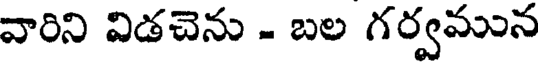
వారిని విడచెను - బల గర్వమున